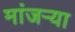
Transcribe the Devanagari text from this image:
मांजर्‍या